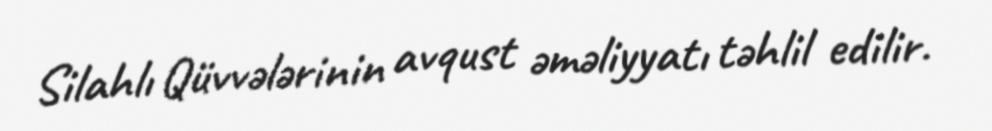
Silahlı Qüvvələrinin avqust əməliyyatı təhlil edilir.